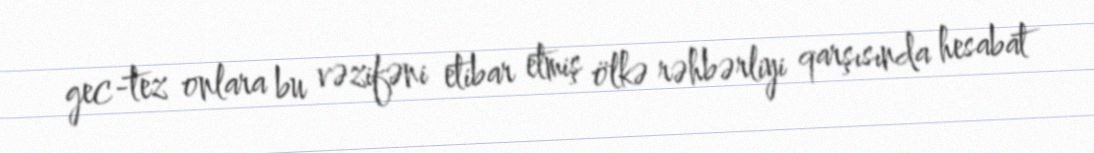
gec-tez onlara bu vəzifəni etibar etmiş ölkə rəhbərliyi qarşısında hesabat